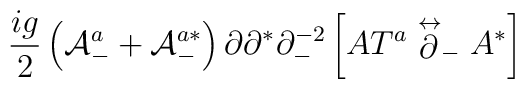
\frac{ig}{2} \left( {\cal A}^a_- + {\cal A}^{a*}_-\right)\partial\partial^* \partial^{-2}_-\left[AT^a\stackrel{\leftrightarrow}{\partial}_- A^* \right]